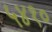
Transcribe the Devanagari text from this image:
५४१०